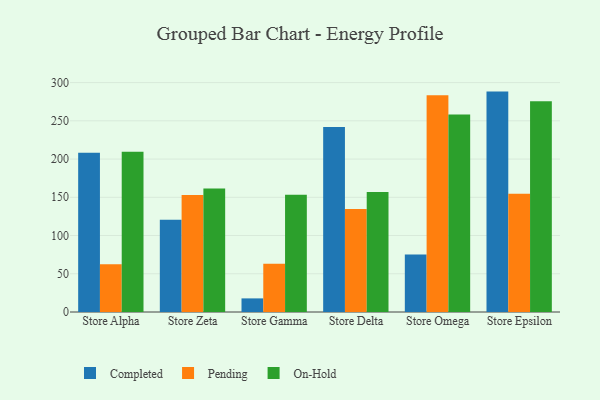
{"axis": {"x": "Store", "y": "Energy Usage (MWh)"}, "legend": ["Completed", "On-Hold", "Pending"], "data": [{"x": "Store Alpha", "y": 208.4, "type": "Completed"}, {"x": "Store Alpha", "y": 62.4, "type": "Pending"}, {"x": "Store Alpha", "y": 209.6, "type": "On-Hold"}, {"x": "Store Zeta", "y": 120.6, "type": "Completed"}, {"x": "Store Zeta", "y": 153.1, "type": "Pending"}, {"x": "Store Zeta", "y": 161.5, "type": "On-Hold"}, {"x": "Store Gamma", "y": 17.8, "type": "Completed"}, {"x": "Store Gamma", "y": 63.1, "type": "Pending"}, {"x": "Store Gamma", "y": 153.2, "type": "On-Hold"}, {"x": "Store Delta", "y": 241.9, "type": "Completed"}, {"x": "Store Delta", "y": 134.8, "type": "Pending"}, {"x": "Store Delta", "y": 157.0, "type": "On-Hold"}, {"x": "Store Omega", "y": 75.1, "type": "Completed"}, {"x": "Store Omega", "y": 283.3, "type": "Pending"}, {"x": "Store Omega", "y": 258.4, "type": "On-Hold"}, {"x": "Store Epsilon", "y": 288.2, "type": "Completed"}, {"x": "Store Epsilon", "y": 154.5, "type": "Pending"}, {"x": "Store Epsilon", "y": 275.7, "type": "On-Hold"}]}